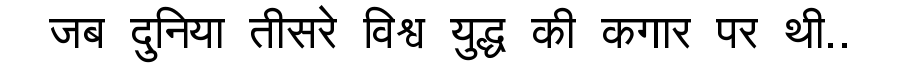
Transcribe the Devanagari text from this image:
जब दुनिया तीसरे विश्व युद्ध की कगार पर थी..